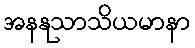
အနနုသာသိယမာနာ